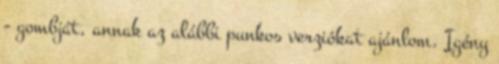
- gombját, annak az alábbi punkos verziókat ajánlom. Igény